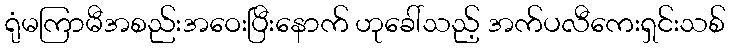
ရုံမကြာမီအစည်းအဝေးပြီးနောက် ဟုခေါ်သည့် အက်ပလီကေးရှင်းသစ်